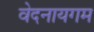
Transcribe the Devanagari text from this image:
वेदनायगम